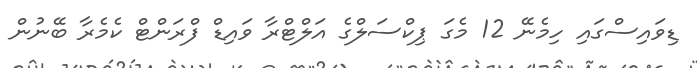
ޑިވައިސްގައި ހިމެނޭ 12 މެގަ ޕިކްސަލްގެ އަލްޓްރާ ވައިޑް ފްރަންޓް ކެމެރާ ބޭނުން